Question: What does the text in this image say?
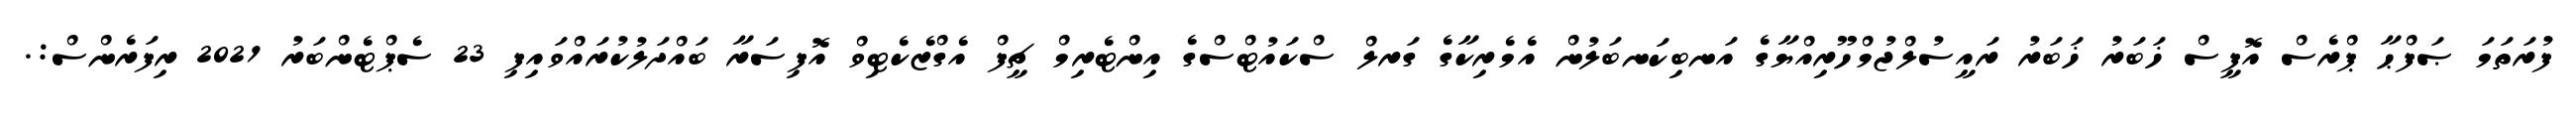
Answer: ފުރަތަމަ ޞަފްޙާ ޕްރެސް އޮފީސް ޚަބަރު ޚަބަރު ރައީސުލްޖުމްހޫރިއްޔާގެ އަނބިކަނބަލުން އެމެރިކާގެ ގަރލް ސްކައުޓްސްގެ އިންޓެރިމް ޗީފް އެގްޒެކެޓިވް އޮފިސަރާ ބައްދަލުކުރައްވައިފި 23 ސެޕްޓެންބަރު 2021 ރިފަރެންސް:.